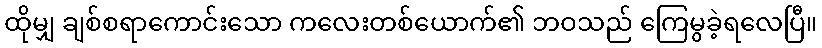
ထိုမျှ ချစ်စရာကောင်းသော ကလေးတစ်ယောက်၏ ဘဝသည် ကြေမွခဲ့ရလေပြီ။